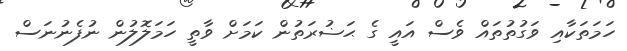
ހަމަތަކާއި ވަގުތުތައް ވެސް އައީ ގެ ޙަޟުރަތުން ކަމަށް ވާތީ ހަމަލޮލުން ނުފެނުނަސް